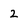
Character: 2